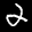
Label: 2